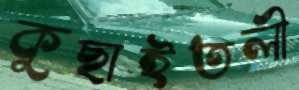
কুছাইতলী